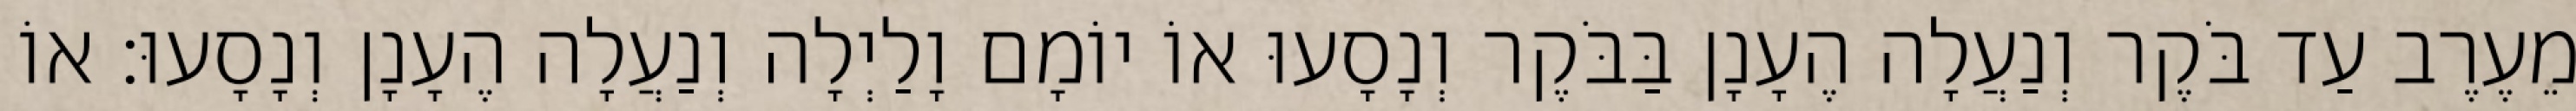
מֵעֶרֶב עַד בֹּקֶר וְנַעֲלָה הֶעָנָן בַּבֹּקֶר וְנָסָעוּ אוֹ יוֹמָם וָלַיְלָה וְנַעֲלָה הֶעָנָן וְנָסָעוּ׃ אוֹ